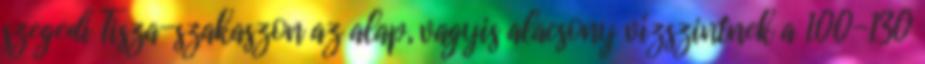
szegedi Tisza-szakaszon az alap, vagyis alacsony vízszintnek a 100-130